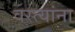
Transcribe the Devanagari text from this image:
वस्त्यांना